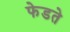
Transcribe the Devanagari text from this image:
फेडते